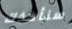
سنأخذك